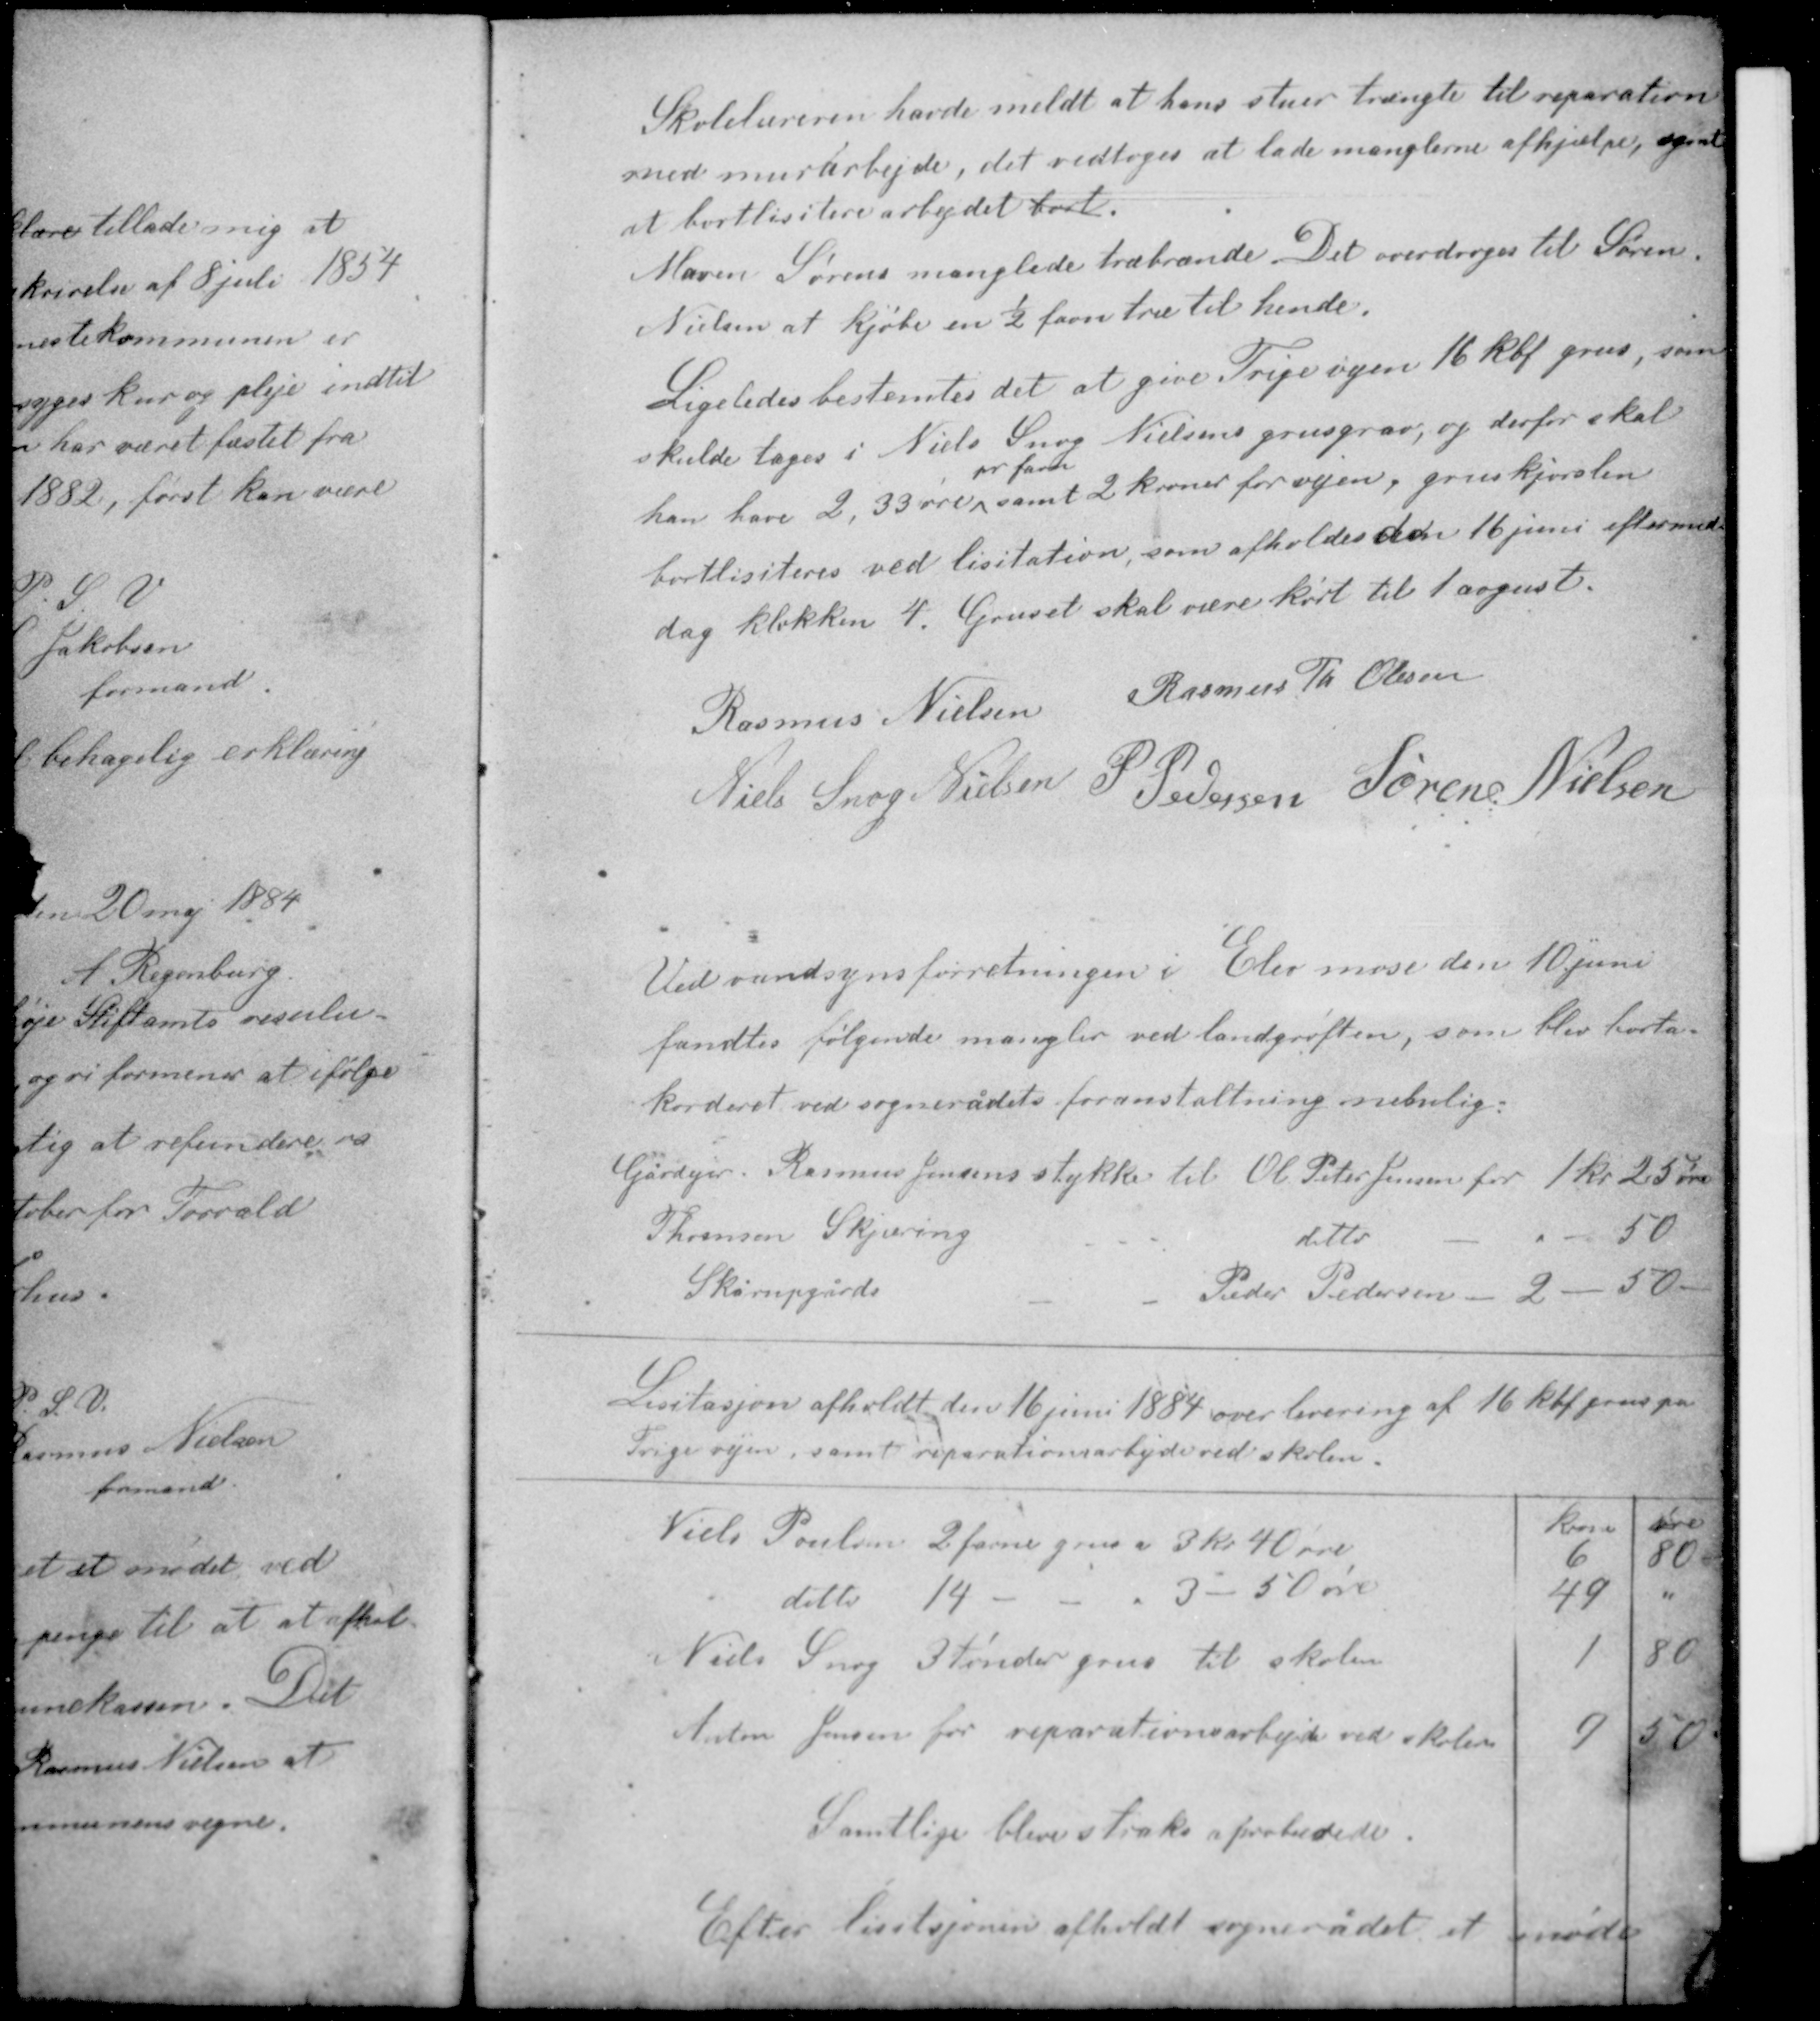
Transskription:
Skolelæreren havde meldt at hans stuer trængte til reparation
med murarbejde, det vedtoges at lade manglerne afhjælpe, samt
at bortlicitere arbejdet bort.
Maren Sørens manglede træbrænde. Det overdroges til Søren
Nielsen at kjøbe en ½ favn træ til hende

Ligeledes bestemtes det at give Trigevejen 16 kbf grus, som
skulde tages i Niels Snog Nielsens grusgrav, og derfor skal
pr favn
han have 2,33 øre samt 2 kroner for vejen, gruskjørslen
bortliciteres ved licitation, som afholdes den 16 juni eftermid-
dag klokken 4. Gruset skal være kørt til 1 august.

Rasmus Th Olesen
Rasmus Nielsen
Niels Snog Nielsen P. Pedersen Søren Nielsen

Ved vandsynsforretningen i Elev mose den 10 juni
fandtes følgende mangler ved landgrøften, som blev borta-
korderet ved sognerådets foranstaltning nemlig:

Gårdejer Rasmus Jensens stykke til Ole Peter Jensen for 1 kr 25 øre
Thomsen Skjæring ditto  - " - 50
Skårupgård Peder Pedersen 2 - 50 -

Licitasjon afholdt den 16 juni 1884 over levering af 16 kbf grus på
Trige vejen samt reparationsarbejdet ved skolen.